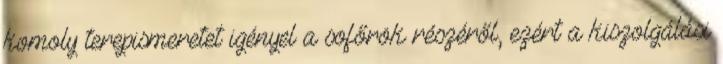
komoly terepismeretet igényel a sofőrök részéről, ezért a kiszolgálási